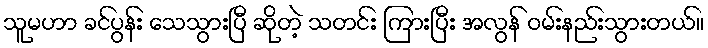
သူမဟာ ခင်ပွန်း သေသွားပြီ ဆိုတဲ့ သတင်း ကြားပြီး အလွန် ဝမ်းနည်းသွားတယ်။